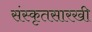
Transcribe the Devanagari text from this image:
संस्कृतसारखी